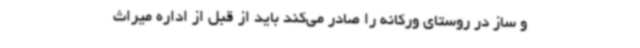
و ساز در روستای ورکانه را صادر می‌کند باید از قبل از اداره میراث